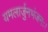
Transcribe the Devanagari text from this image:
यमलार्जुनभंजनः।